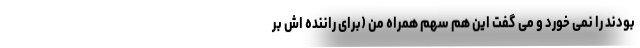
بودند را نمی خورد و می گفت این هم سهم همراه من (برای راننده اش بر